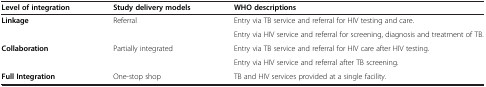
<table><thead><tr><td><b>Level of integration</b></td><td><b>Study delivery models</b></td><td><b>WHO descriptions</b></td></tr></thead><tbody><tr><td rowspan="2"><b>Linkage</b></td><td rowspan="2">Referral</td><td>Entry via TB service and referral for HIV testing and care.</td></tr><tr><td>Entry via HIV service and referral for screening, diagnosis and treatment of TB.</td></tr><tr><td rowspan="2"><b>Collaboration</b></td><td rowspan="2">Partially integrated</td><td>Entry via TB service and referral for HIV care after HIV testing.</td></tr><tr><td>Entry via HIV service and referral after TB screening.</td></tr><tr><td><b>Full Integration</b></td><td>One-stop shop</td><td>TB and HIV services provided at a single facility.</td></tr></tbody></table>